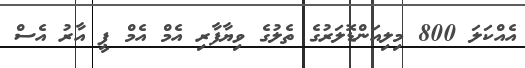
އެއްކަލަ 800 މިލިއަންޑޮލަރުގެ ތެލުގެ ވިޔާފާރި އެމް އެމް ޕީ އާރު އެސް